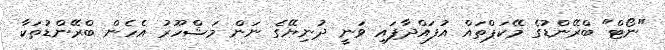
"ނޯޓް" ބްރޭންޑުގެ މޭކަޕްތައް އުފައްދާފައި ވަނީ ދުނިޔޭގެ ނަން މަޝްހޫރު އެހެން ބްރޭންޑުތަކާ